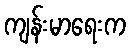
ကျန်းမာရေးက